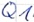
Text: Q1